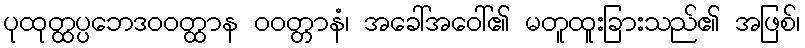
ပုထုတ္ထပ္ပဘေဒဝဝတ္ထာန ဝဝတ္တာနံ၊ အခေါ်အဝေါ်၏ မတူထူးခြားသည်၏ အဖြစ်၊